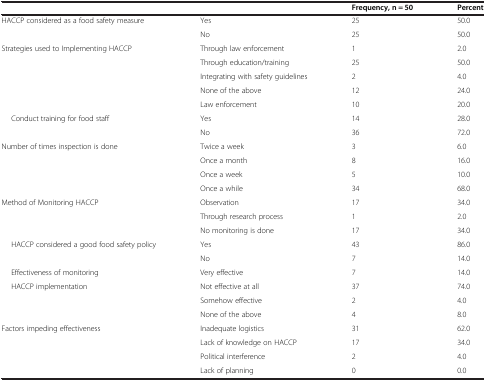
| <COLSPAN=2>  | Frequency, n = 50 | Percent |
 | --- | --- | --- | --- |
 | <ROWSPAN=2> HACCP considered as a food safety measure | Yes | 25 | 50.0 |
 | No | 25 | 50.0 |
 | <ROWSPAN=5> Strategies used to Implementing HACCP | Through law enforcement | 1 | 2.0 |
 | Through education/training | 25 | 50.0 |
 | Integrating with safety guidelines | 2 | 4.0 |
 | None of the above | 12 | 24.0 |
 | Law enforcement | 10 | 20.0 |
 | <ROWSPAN=2> Conduct training for food staff | Yes | 14 | 28.0 |
 | No | 36 | 72.0 |
 | <ROWSPAN=4> Number of times inspection is done | Twice a week | 3 | 6.0 |
 | Once a month | 8 | 16.0 |
 | Once a week | 5 | 10.0 |
 | Once a while | 34 | 68.0 |
 | <ROWSPAN=3> Method of Monitoring HACCP | Observation | 17 | 34.0 |
 | Through research process | 1 | 2.0 |
 | No monitoring is done | 17 | 34.0 |
 | <ROWSPAN=2> HACCP considered a good food safety policy | Yes | 43 | 86.0 |
 | No | 7 | 14.0 |
 | Effectiveness of monitoring | Very effective | 7 | 14.0 |
 | <ROWSPAN=3> HACCP implementation | Not effective at all | 37 | 74.0 |
 | Somehow effective | 2 | 4.0 |
 | None of the above | 4 | 8.0 |
 | <ROWSPAN=4> Factors impeding effectiveness | Inadequate logistics | 31 | 62.0 |
 | Lack of knowledge on HACCP | 17 | 34.0 |
 | Political interference | 2 | 4.0 |
 | Lack of planning | 0 | 0.0 |